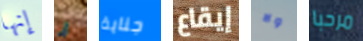
إنها أي جناية إيقاع ولا مرحبا